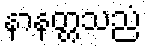
နာနတ္တသညံ